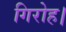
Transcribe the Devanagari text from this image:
गिरोह।